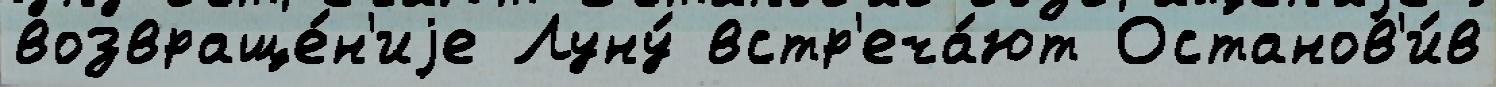
возвраще́н'иjе Луну́ встр'еча́ют Останов'и́в